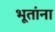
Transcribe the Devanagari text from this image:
भूतांना